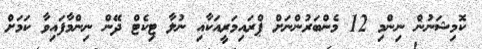
ކޮމިޝަނުން ނިންމި 12 މެންބަރުންނަށް ޕްރައިމަރީއަކާއި ނުލާ ޓިކެޓް ދޭން ނިންމާފައިވާ ކަމަށް